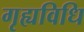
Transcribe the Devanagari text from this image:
गृह्यविधि